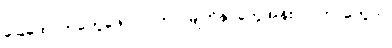
ခြေထောက်တွေဖောလာတာ၊ မျက်နှာတွေအန်းလာတာတွေပါ။